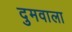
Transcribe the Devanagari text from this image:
दुमवाला